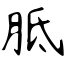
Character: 胝